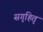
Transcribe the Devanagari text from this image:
सगृहितृ